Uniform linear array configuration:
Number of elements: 48
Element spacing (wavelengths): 0.5
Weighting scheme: hamming
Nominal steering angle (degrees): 45
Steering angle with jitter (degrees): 44.201
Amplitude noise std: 0.05
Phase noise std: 0.05

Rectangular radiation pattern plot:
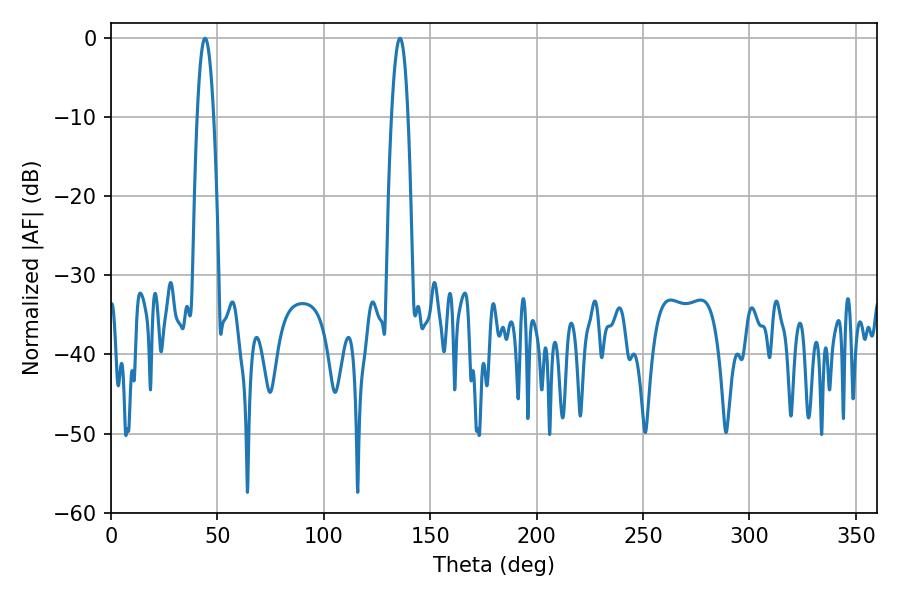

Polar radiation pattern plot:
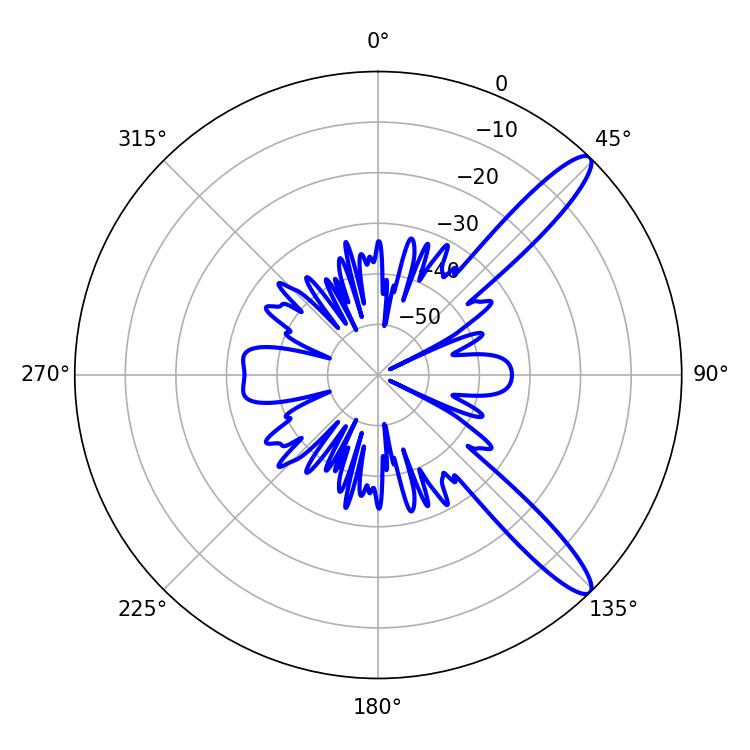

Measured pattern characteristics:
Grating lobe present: FALSE
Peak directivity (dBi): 12.488
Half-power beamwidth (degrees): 4.32
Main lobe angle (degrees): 44.28